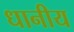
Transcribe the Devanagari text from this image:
धानीय